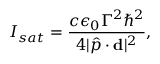
I _ { s a t } = { \frac { c \epsilon _ { 0 } \Gamma ^ { 2 } \hbar ^ { 2 } } { 4 | \hat { p } \cdot \mathbf { d } | ^ { 2 } } } ,